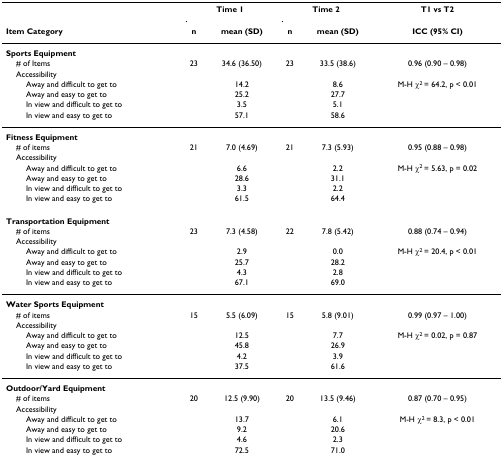
<table><thead><tr><td></td><td colspan="2"><b>Time 1</b></td><td colspan="2"><b>Time 2</b></td><td><b>T1 vs T2</b></td></tr><tr><td><b>Item Category</b></td><td><b>n</b></td><td><b>mean (SD)</b></td><td><b>n</b></td><td><b>mean (SD)</b></td><td><b>ICC (95% CI)</b></td></tr></thead><tbody><tr><td><b>Sports Equipment</b></td><td></td><td></td><td></td><td></td><td></td></tr><tr><td> # of Items</td><td>23</td><td>34.6 (36.50)</td><td>23</td><td>33.5 (38.6)</td><td>0.96 (0.90 – 0.98)</td></tr><tr><td> Accessibility</td><td></td><td></td><td></td><td></td><td></td></tr><tr><td>Away and difficult to get to</td><td></td><td>14.2</td><td></td><td>8.6</td><td>M-H χ<sup>2 </sup>= 64.2, p &lt; 0.01</td></tr><tr><td>Away and easy to get to</td><td></td><td>25.2</td><td></td><td>27.7</td><td></td></tr><tr><td>In view and difficult to get to</td><td></td><td>3.5</td><td></td><td>5.1</td><td></td></tr><tr><td>In view and easy to get to</td><td></td><td>57.1</td><td></td><td>58.6</td><td></td></tr><tr><td><b>Fitness Equipment</b></td><td></td><td></td><td></td><td></td><td></td></tr><tr><td> # of items</td><td>21</td><td>7.0 (4.69)</td><td>21</td><td>7.3 (5.93)</td><td>0.95 (0.88 – 0.98)</td></tr><tr><td> Accessibility</td><td></td><td></td><td></td><td></td><td></td></tr><tr><td>Away and difficult to get to</td><td></td><td>6.6</td><td></td><td>2.2</td><td>M-H χ<sup>2 </sup>= 5.63, p = 0.02</td></tr><tr><td>Away and easy to get to</td><td></td><td>28.6</td><td></td><td>31.1</td><td></td></tr><tr><td>In view and difficult to get to</td><td></td><td>3.3</td><td></td><td>2.2</td><td></td></tr><tr><td>In view and easy to get to</td><td></td><td>61.5</td><td></td><td>64.4</td><td></td></tr><tr><td><b>Transportation Equipment</b></td><td></td><td></td><td></td><td></td><td></td></tr><tr><td> # of items</td><td>23</td><td>7.3 (4.58)</td><td>22</td><td>7.8 (5.42)</td><td>0.88 (0.74 – 0.94)</td></tr><tr><td> Accessibility</td><td></td><td></td><td></td><td></td><td></td></tr><tr><td>Away and difficult to get to</td><td></td><td>2.9</td><td></td><td>0.0</td><td>M-H χ<sup>2 </sup>= 20.4, p &lt; 0.01</td></tr><tr><td>Away and easy to get to</td><td></td><td>25.7</td><td></td><td>28.2</td><td></td></tr><tr><td>In view and difficult to get to</td><td></td><td>4.3</td><td></td><td>2.8</td><td></td></tr><tr><td>In view and easy to get to</td><td></td><td>67.1</td><td></td><td>69.0</td><td></td></tr><tr><td><b>Water Sports Equipment</b></td><td></td><td></td><td></td><td></td><td></td></tr><tr><td> # of items</td><td>15</td><td>5.5 (6.09)</td><td>15</td><td>5.8 (9.01)</td><td>0.99 (0.97 – 1.00)</td></tr><tr><td> Accessibility</td><td></td><td></td><td></td><td></td><td></td></tr><tr><td>Away and difficult to get to</td><td></td><td>12.5</td><td></td><td>7.7</td><td>M-H χ<sup>2 </sup>= 0.02, p = 0.87</td></tr><tr><td>Away and easy to get to</td><td></td><td>45.8</td><td></td><td>26.9</td><td></td></tr><tr><td>In view and difficult to get to</td><td></td><td>4.2</td><td></td><td>3.9</td><td></td></tr><tr><td>In view and easy to get to</td><td></td><td>37.5</td><td></td><td>61.6</td><td></td></tr><tr><td><b>Outdoor/Yard Equipment</b></td><td></td><td></td><td></td><td></td><td></td></tr><tr><td> # of items</td><td>20</td><td>12.5 (9.90)</td><td>20</td><td>13.5 (9.46)</td><td>0.87 (0.70 – 0.95)</td></tr><tr><td> Accessibility</td><td></td><td></td><td></td><td></td><td></td></tr><tr><td>Away and difficult to get to</td><td></td><td>13.7</td><td></td><td>6.1</td><td>M-H χ<sup>2 </sup>= 8.3, p &lt; 0.01</td></tr><tr><td>Away and easy to get to</td><td></td><td>9.2</td><td></td><td>20.6</td><td></td></tr><tr><td>In view and difficult to get to</td><td></td><td>4.6</td><td></td><td>2.3</td><td></td></tr><tr><td>In view and easy to get to</td><td></td><td>72.5</td><td></td><td>71.0</td><td></td></tr></tbody></table>